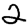
Digit: 2